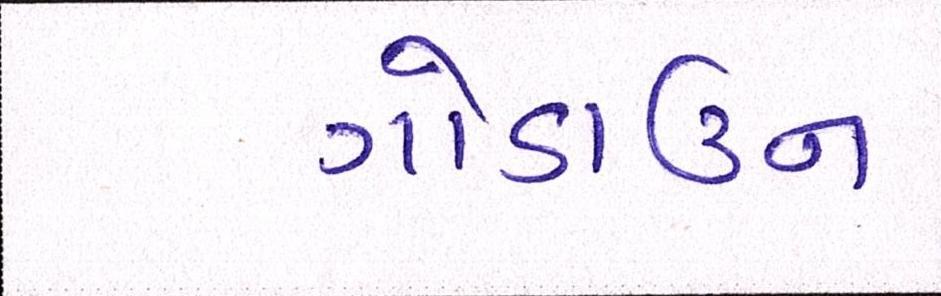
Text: ગોડાઉન